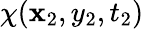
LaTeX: \chi(\mathbf{x}_{2},y_{2},t_{2})